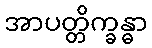
အာပတ္တိက္ခန္ဓာ